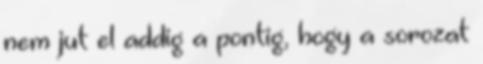
nem jut el addig a pontig, hogy a sorozat